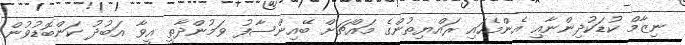
ނިޒާމް ކުޑަކުދިންނާއި އެންމެހައި ރައްޔިތުންގެ މައްޗަށް ބޭއިންސާފު ވަމުންދާތީ އީވާ އަބުދު ކަންބޮޑުވުން